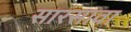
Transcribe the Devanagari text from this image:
सारसावा